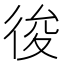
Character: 𢓭